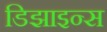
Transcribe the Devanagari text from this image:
डिझाइन्स